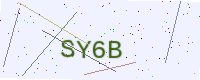
Text: SY6B